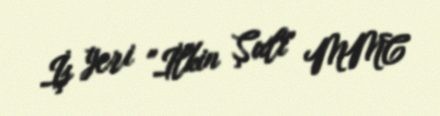
İş yeri "İlkin Şıxlı" MMC